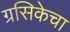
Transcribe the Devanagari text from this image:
ग्रसिकेचा